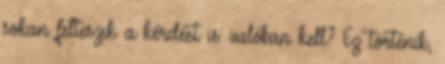
sokan felteszik a kérdést is: valóban kell? Ez történik,